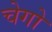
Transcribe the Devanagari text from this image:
चेगो